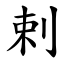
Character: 剌